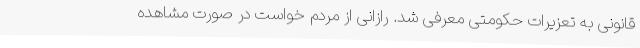
قانونی به تعزیرات حکومتی معرفی شد. رازانی از مردم خواست در صورت مشاهده